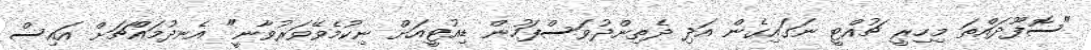
"ސޮފޫދައްތަ މިހިރީ ޗުއްޓީ ނަގައިގެން އަދި ދެތިންދުވަސްފަހުން ޑިއުޓީއަށް ނިކުމެވޭވަރުވާނީ" އެނދުމައްޗަށް އައިސް